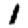
Digit: 1